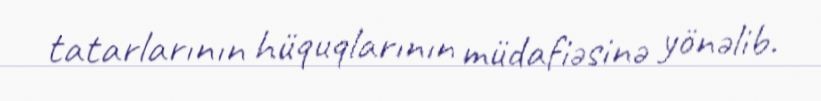
tatarlarının hüquqlarının müdafiəsinə yönəlib.